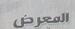
الصعرظر